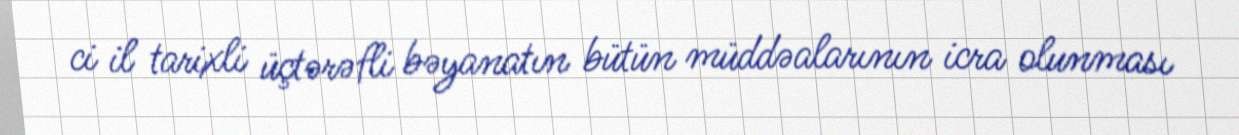
ci il tarixli üçtərəfli bəyanatın bütün müddəalarının icra olunması